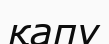
қапу